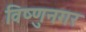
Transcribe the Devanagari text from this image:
विष्णुनगर